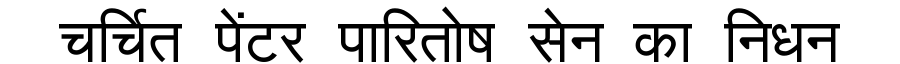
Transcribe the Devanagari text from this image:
चर्चित पेंटर पारितोष सेन का निधन